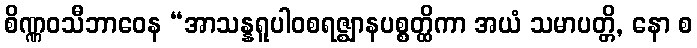
စိဏ္ဏဝသီဘာဝေန “အာသန္နရူပါဝစရဇ္ဈာနပစ္စတ္ထိကာ အယံ သမာပတ္တိ, နော စ